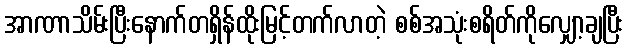
အာဏာသိမ်းပြီးနောက်တရှိန်ထိုးမြင့်တက်လာတဲ့ စစ်အသုံးစရိတ်ကိုလျှော့ချပြီး